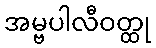
အမ္ဗပါလီဝတ္ထု